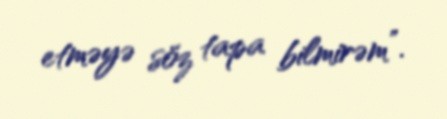
etməyə söz tapa bilmirəm”.